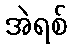
အဲရစ်